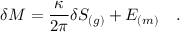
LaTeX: \delta M = { \frac { \kappa } { 2 \pi } } \delta S _ { ( g ) } + { \cal E } _ { ( m ) } ~ ~ ~ .